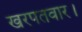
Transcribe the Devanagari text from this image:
खरपतवार।